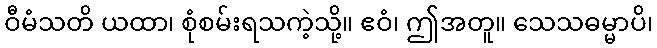
ဝီမံသတိ ယထာ၊ စုံစမ်းရသကဲ့သို့။ ဧဝံ၊ ဤအတူ။ သေသဓမ္မာပိ၊